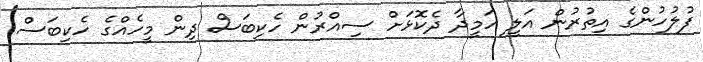
ފުލުހުންގެ އިތުރުން އަލީ ހަމީދާ ދެކޮޅަށް ސިއްރުން ހެކިބަސް ދިން މީހެއްގެ ހެކިބަސް